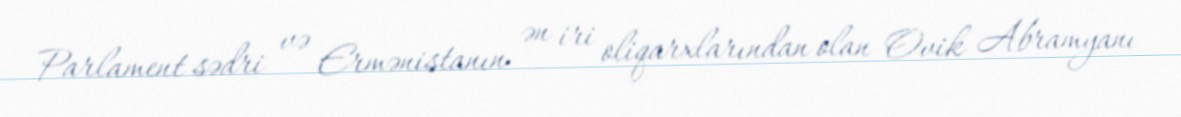
Parlament sədri və Ermənistanın ən iri oliqarxlarından olan Ovik Abramyanı